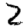
Digit: 2